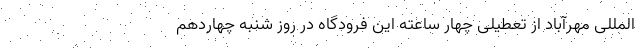
المللی مهرآباد از تعطیلی چهار ساعته این فرودگاه در روز شنبه چهاردهم